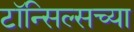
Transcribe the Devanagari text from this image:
टॉन्सिल्सच्या